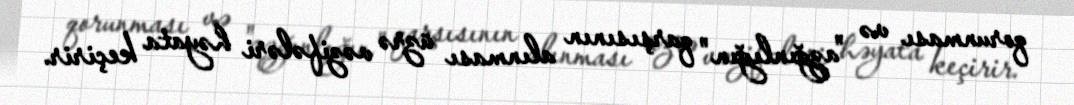
qorunması və "azğınlığın" qarşısının alınması üzrə vəzifələri həyata keçirir.